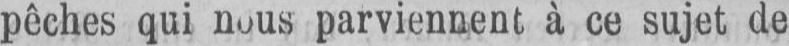
pêches qui nous parviennent à ce sujet de